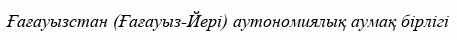
Ғағауызстан (Ғағауыз-Йері) аутономиялық аумақ бірлігі